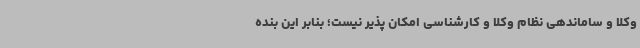
وکلا و ساماندهی نظام وکلا و کارشناسی امکان پذیر نیست؛ بنابر این بنده